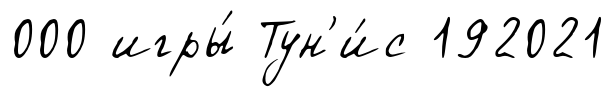
000 игры́ Тун'и́с 192021